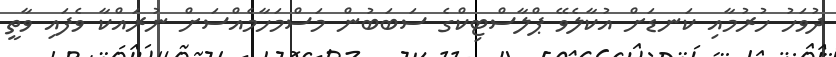
ދުވަހު ހުރުމާއި ކަނޑަށް އުކާލެވޭ ޕްލާސްޓިކްގެ ސަބަބުން މަސްމަހާމެއްސަށް ނުރައްކާ ވެފައި ވާތީ